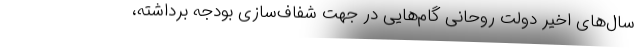
سال‌های اخیر دولت روحانی گام‌هایی در جهت شفاف‌سازی بودجه برداشته،